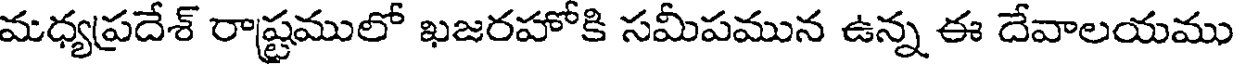
మధ్యప్రదేశ్ రాష్ట్రములో ఖజరహోకి సమీపమున ఉన్న ఈ దేవాలయము